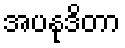
အပနုဒိတာ